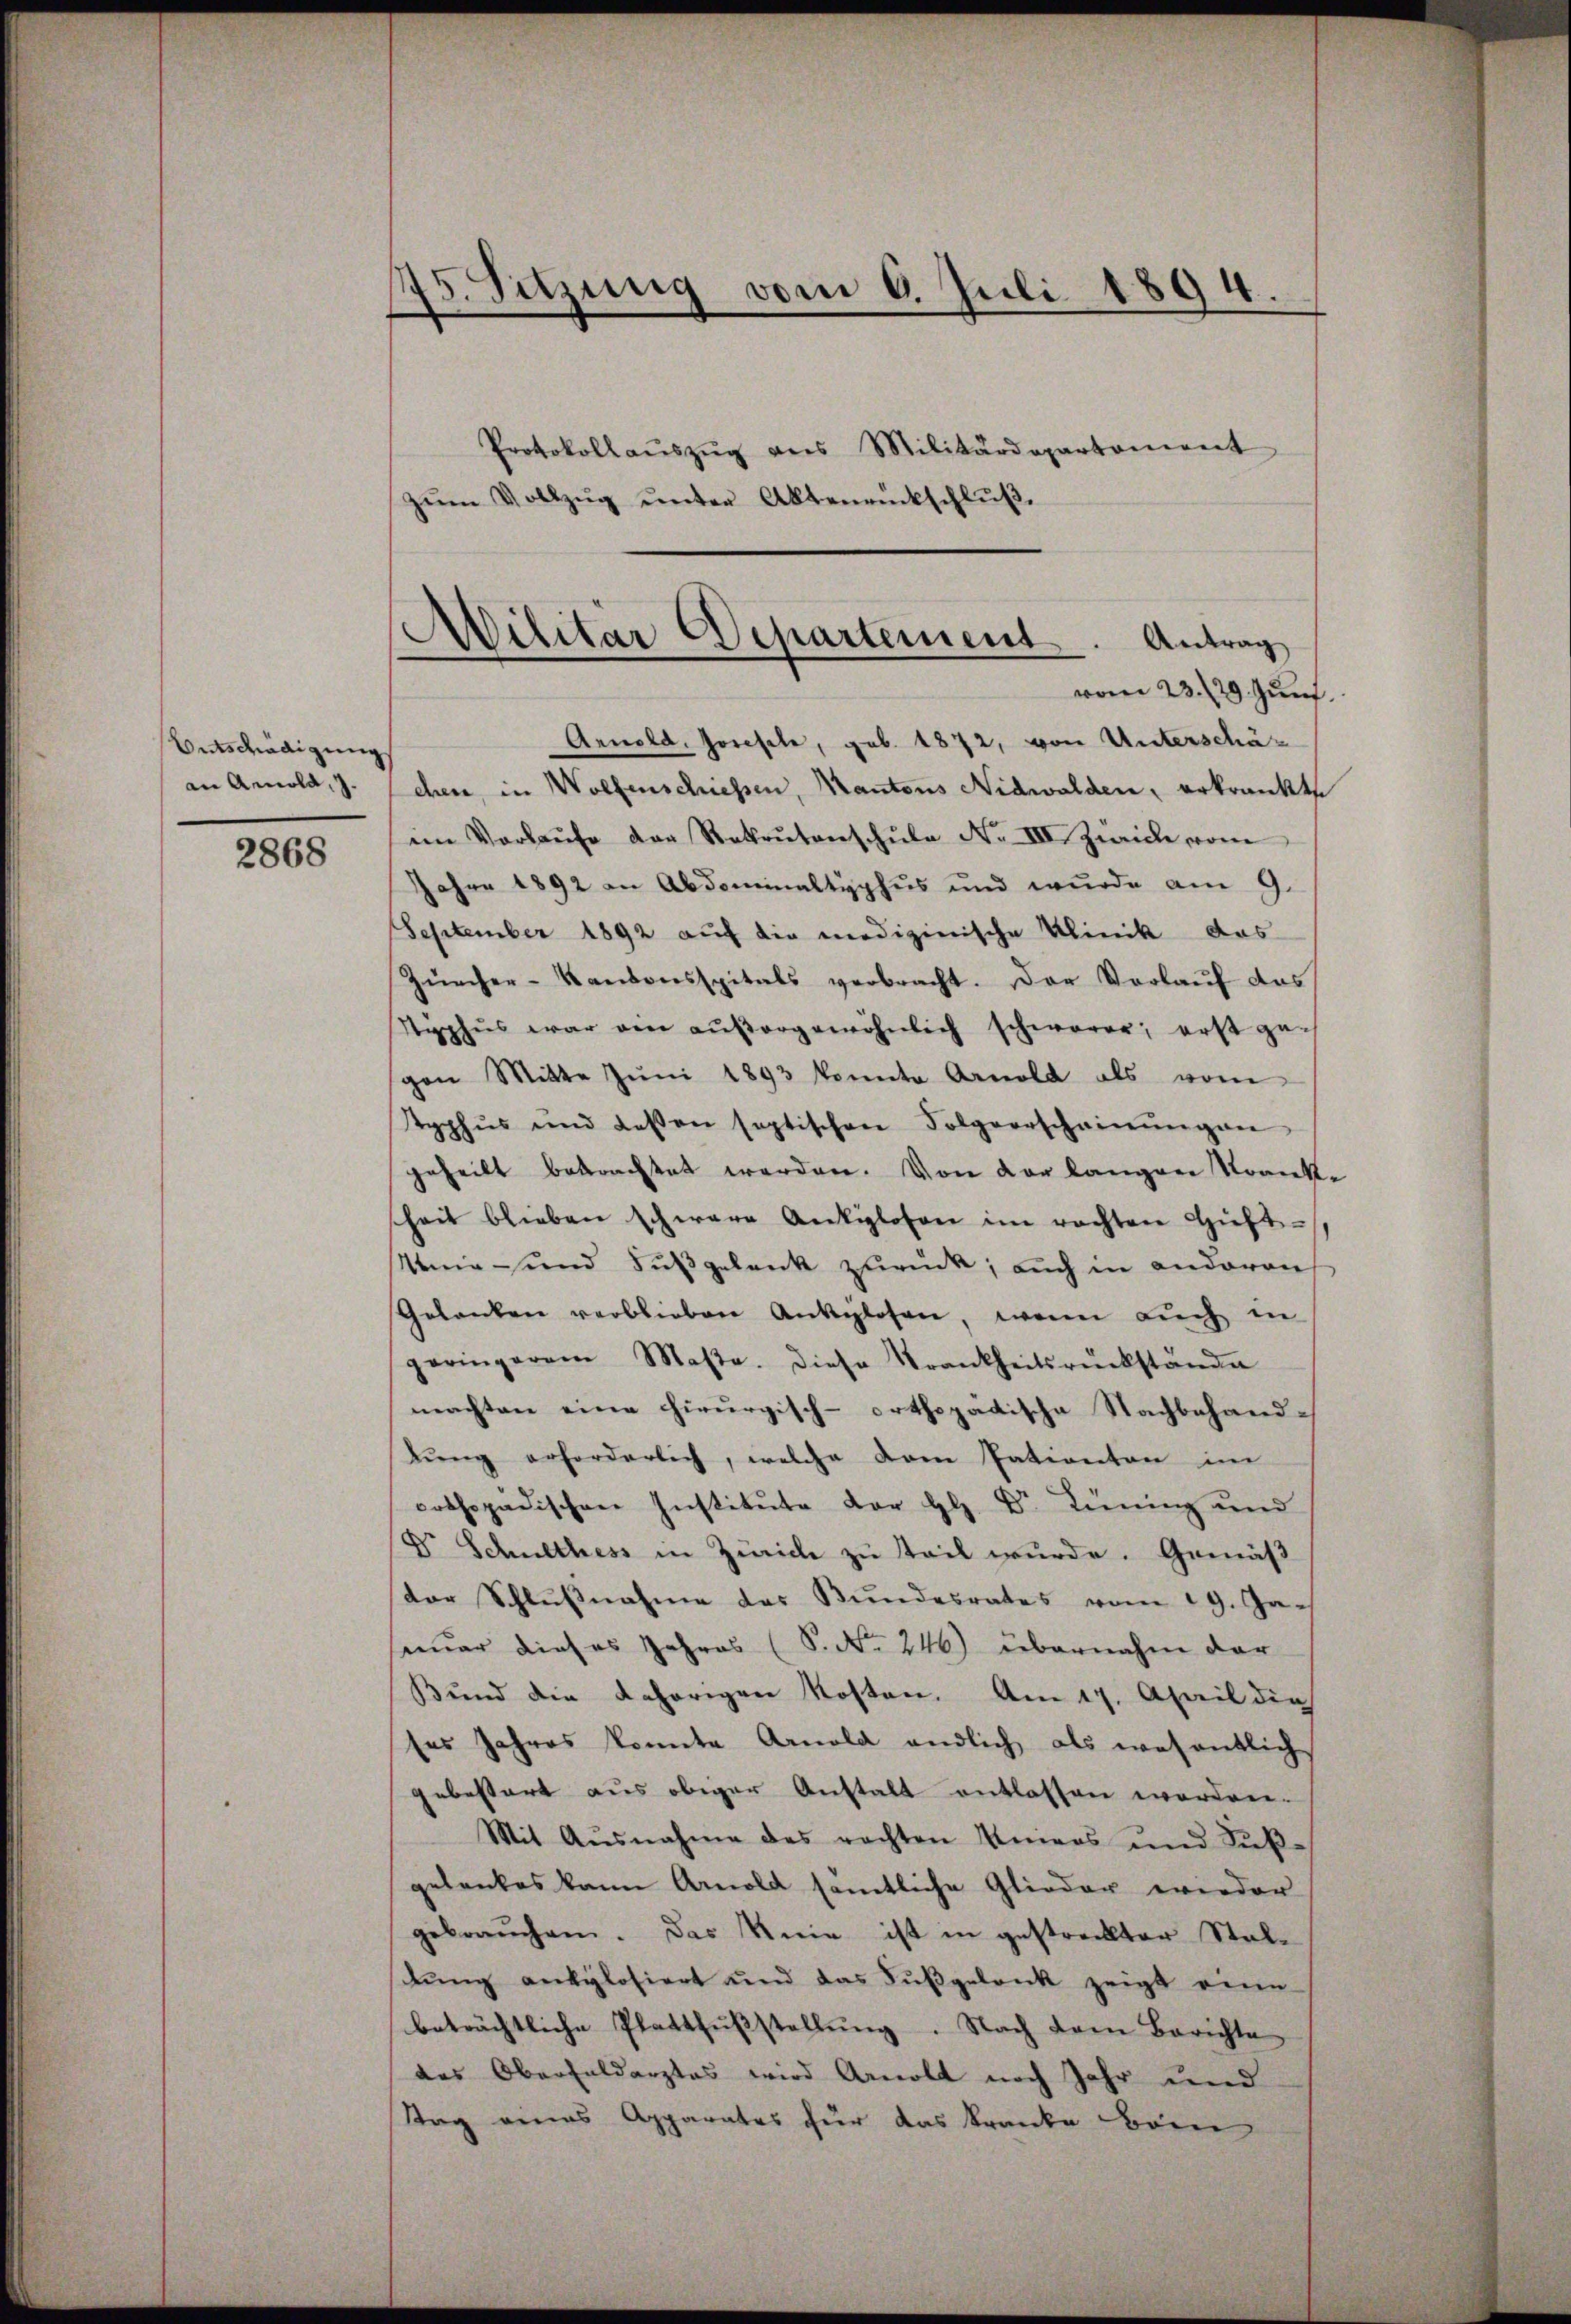
Entschädigung
an Arnold, J.

2868

75. Setzung vom 6. Juli 1894

Protokoll aŭszŭg ans Militärdepartement
zŭm Vollzŭg ŭnter Aktenrückschlŭβ

Militar Departement. Antrag
vom 23. 29. Juni.

Arnold, Joseste, geb. 1872, von Unterschächen, in Wolfenschiessen, Kantons Nidwalden, erkrankte
im Vorlaŭfe der Rekrutenschŭle Nr. VII. Zwicke vom
Jahre 1892 an Abdominaltyphus und wurde am 9.
September 1892 aŭf die medizinische Klinik das
Zürcher-Kantonsspitals verbracht. Der Vorlaŭf das
Typhus war ein aŭβergewöhnlich schwerer, erst ge-
gen Mitte Jŭni 1893 konnte Arnold als vom
typhus und dessen septischen Folgerscheinŭngen
geheilt betrachtet werden. Von der längere Kranke
sheit blieben schwere Antiglosen im rachten Hüft-
Unig- und Fußgelank zurück; auch in anderen
Gelanken verblieben Anklosen, wenn aŭch in
geringerem Maβe. diese Krankheitsrückstande
machten eine chirurgisch-orthopädische Nachbehand-
lŭng erforderlich, welche dem Patienten im
orthopädischen Institute der H. Dr. Liening und
Dr. Schulthess in Zürich zu teil wurde. Gemäß
der Schlußnahme das Bundesrates vom 19. Ja
nuar dieses Jahres (S. Nr. 246) übernahm dar
Bund die daherigen Kosten. Am 17. April die
ses Jahres konnte Arnold endlich als wesentlich
gebestert aus obiger Anstalt entlassen worden.
Mit Ausnahme des rechten Uniers und Fŭβ-
gelankes kann Arnold sämtliche Glieder wieder
gebraŭchen. Das Knie ist in gestreckter Stalstung ankylosiert und das Fußgelenk zeigt eine
beträchtliche Platthŭβstellŭng. Nach dem Berichte
das Oberfeldarztes wird Arnold nach Jahr und
Tag eines Apparates für das kranke deren